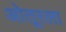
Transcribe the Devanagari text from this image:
ओतूरला